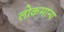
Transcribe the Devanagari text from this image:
लोकमान्‍य